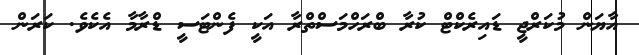
އާޔަން މުކަރްޖީ ޑައިރެކްޓް ކުރާ ބްރަހްމަސްތްރާ އަކީ ފެންޓަސީ ޑްރާމާ އެކެވެ. ކަރަން